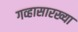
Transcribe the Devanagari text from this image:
गव्हासारख्या